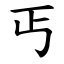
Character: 丐